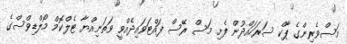
މަސްވެރިންގެ ޕާކް ސަރަހައްދުން ފެށި މަސް ރޭސް ފައްޓަވައިދެއްވީ ވަތަނިއްޔާ ޓެލްކޮމް މޯލްޑިވްސްގެ